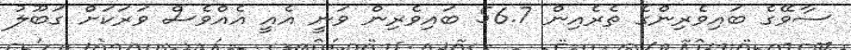
ސާވޭގެ ބައިވެރިންގެ ތެރެއިން 56.7 ބައިވެރިން ވަނީ އެއީ އެއްވެސް ވަރަކަށް ގަބޫލު